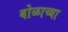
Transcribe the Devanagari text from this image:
बोळाच्या